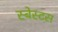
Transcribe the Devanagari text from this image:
स्बेस्टस